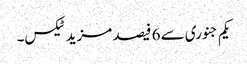
یکم جنوری سے 6 فیصد مزید ٹیکس۔